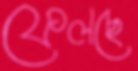
ফেলছে